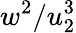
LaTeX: w^{2}/u_{2}^{3}